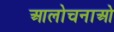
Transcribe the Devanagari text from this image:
आलोचनाओ